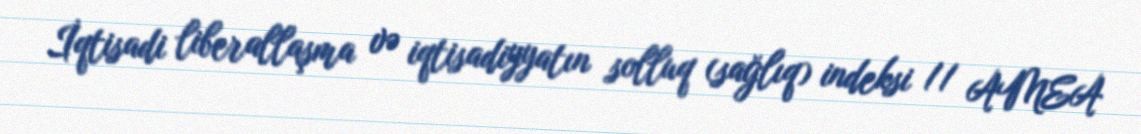
İqtisadi liberallaşma və iqtisadiyyatın solluq (sağlıq) indeksi // AMEA